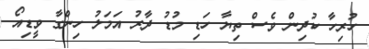
ހުރިހާ ކުދިން ވެސް ތިޔާ ހަޑި މުޑު ދާރު އަމަލު ހިންގާ ވީޑިއޯ